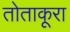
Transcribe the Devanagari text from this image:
तोताकूरा